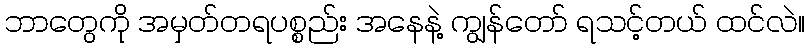
ဘာတွေကို အမှတ်တရပစ္စည်း အနေနဲ့ ကျွန်တော် ရသင့်တယ် ထင်လဲ။